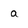
Character: a